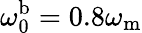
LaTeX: \omega_{\mathrm{0}}^{\mathrm{b}}=0.8\omega_{\mathrm{m}}